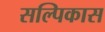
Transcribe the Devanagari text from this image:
सल्पिकास